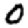
Digit: 0